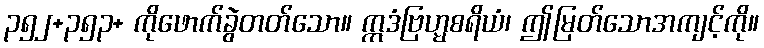
၃၅၂+၃၅၃+ ကိုဖောက်ခွဲတတ်သော။ ဣဒံဗြဟ္မစရိယံ၊ ဤမြတ်သောအကျင့်ကို။